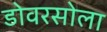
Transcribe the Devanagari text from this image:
डोवरसोला